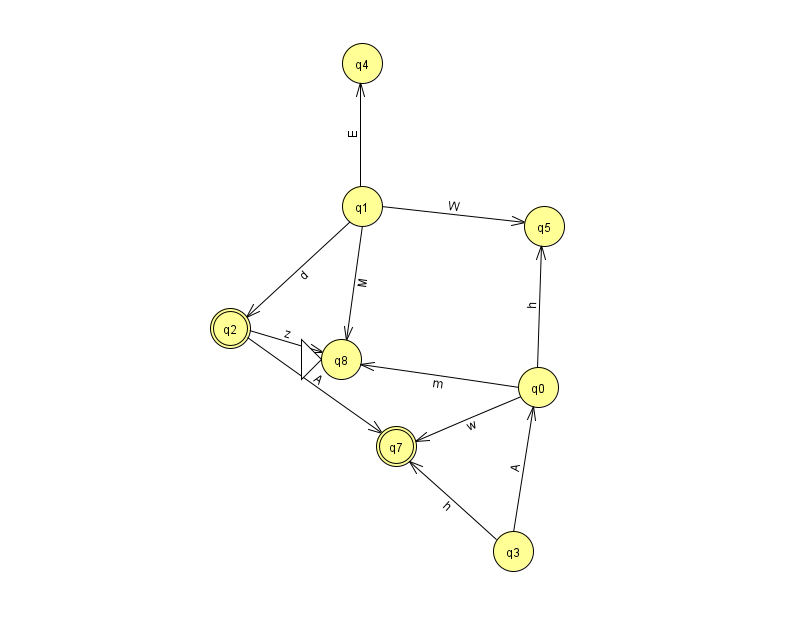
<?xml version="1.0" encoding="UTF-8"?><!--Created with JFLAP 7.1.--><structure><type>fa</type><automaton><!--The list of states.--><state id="0" name="q0"><x>538.0</x><y>374.0</y></state><state id="1" name="q1"><x>362.0</x><y>193.0</y></state><state id="2" name="q2"><x>230.0</x><y>315.0</y><final/></state><state id="3" name="q3"><x>513.0</x><y>538.0</y></state><state id="4" name="q4"><x>362.0</x><y>50.0</y></state><state id="5" name="q5"><x>544.0</x><y>213.0</y></state><state id="7" name="q7"><x>396.0</x><y>433.0</y><final/></state><state id="8" name="q8"><x>341.0</x><y>346.0</y><initial/></state><!--The list of transitions.--><transition><from>1</from><to>2</to><read>d</read></transition><transition><from>0</from><to>8</to><read>m</read></transition><transition><from>1</from><to>5</to><read>W</read></transition><transition><from>1</from><to>8</to><read>M</read></transition><transition><from>2</from><to>8</to><read>z</read></transition><transition><from>1</from><to>4</to><read>E</read></transition><transition><from>0</from><to>5</to><read>h</read></transition><transition><from>2</from><to>7</to><read>A</read></transition><transition><from>3</from><to>7</to><read>h</read></transition><transition><from>0</from><to>7</to><read>w</read></transition><transition><from>3</from><to>0</to><read>A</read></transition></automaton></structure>